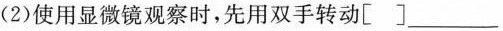
(2)使用显微镜观察时，先用双手转动[ ]___